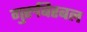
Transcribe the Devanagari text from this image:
गुरुबिरबल